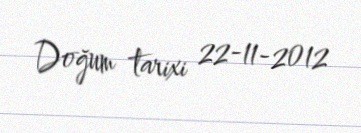
Doğum tarixi 22-11-2012